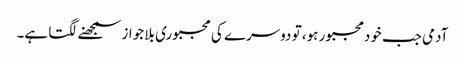
آدمی جب خودمجبور ہو، تو دوسرے کی مجبوری بلا جواز سمجھنے لگتا ہے۔